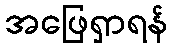
အဖြေရှာရန်